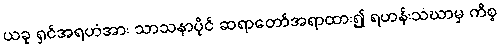
ယခု ရှင်အရဟံအား သာသနာပိုင် ဆရာတော်အရာထား၍ ရဟန်းသံဃာမှ ကိစ္စ